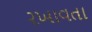
રખાવતા